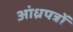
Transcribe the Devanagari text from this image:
आंध्रपत्रों